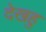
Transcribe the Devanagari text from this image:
देखहु